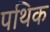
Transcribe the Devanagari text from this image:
पथिक